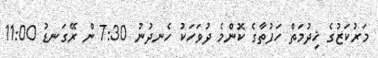
މަރުކަޒުގެ ޚިދުމަތް ހަފުތާގެ ކޮންމެ ދުވަހަކު ހެނދުނު 7:30 ން ރޭގަނޑު 11:00